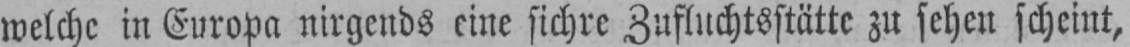
welche in Europa nirgends eine sichre Zufluchtsstätte zu sehen scheint,